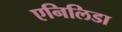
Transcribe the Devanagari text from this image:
एनिलिडा